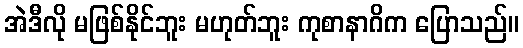
အဲဒီလို မဖြစ်နိုင်ဘူး မဟုတ်ဘူး ကုစာနာဂိက ပြောသည်။